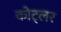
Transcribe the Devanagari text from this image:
कोट्लर